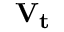
\mathbf { V _ { t } }